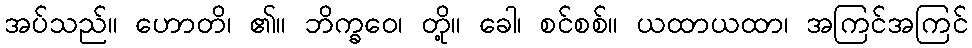
အပ်သည်။ ဟောတိ၊ ၏။ ဘိက္ခဝေ၊ တို့။ ခေါ၊ စင်စစ်။ ယထာယထာ၊ အကြင်အကြင်